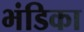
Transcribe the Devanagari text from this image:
भंडिका